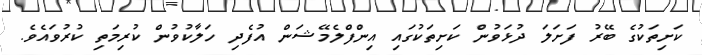
ކަށިތަކުގެ ބޭރު ފަށަލަ ދުޅަވުން ކަށިތަކުގައި އިންފްލެމޭޝަން އުފެދި ހަލާކުވުން ކުރިމަތި ކުރުވައެވެ.